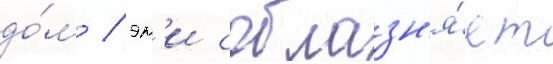
до́м / эм'и соблазн'я́ет